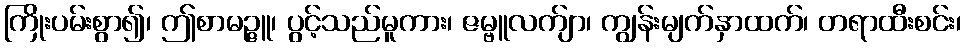
ကြိုးပမ်းစွာ၍၊ ဤစာမဉ္ဇူ၊ ပွင့်သည်မူကား၊ ဇမ္ဗူလက်ျာ၊ ကျွန်းမျက်နှာထက်၊ တရာထီးစင်း၊